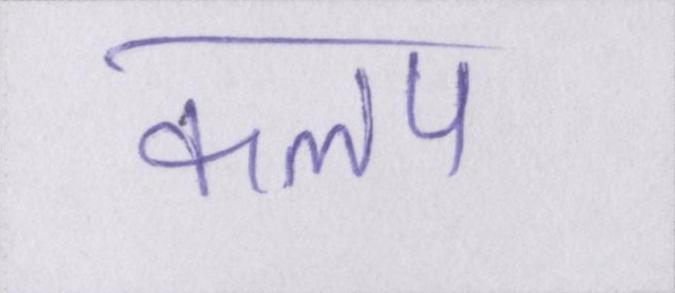
कलप